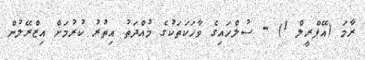
ރާމަ (އޭޕްރީލް 1) - ސުލްހައިގެ ވާހަކަތަކުގެ މުއްދަތު އިތުރު ކުރުމަށް އިޒްރޭލުން